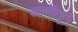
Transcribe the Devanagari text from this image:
खाणींतून